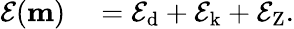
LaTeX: \begin{array}{rl}{\mathcal{E}(\mathbf{m})}&{{}=\mathcal{E}_{\mathrm{d}}+\mathcal{E}_{\mathrm{k}}+\mathcal{E}_{\mathrm{Z}}.}\end{array}